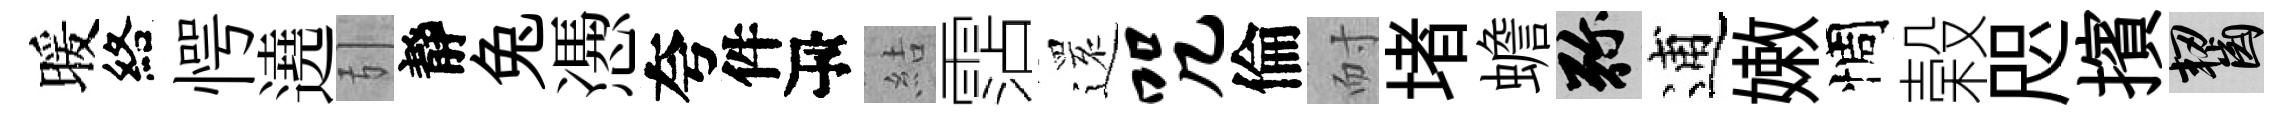
暖絡愕遶引靜兔慿夸件瓴結霑𮟃咒倫耐堵蟾弥逋嫩惆榖咫擯齧